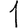
Digit: 1